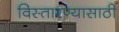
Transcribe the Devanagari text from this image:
विस्तारण्यासाठी